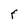
Character: F